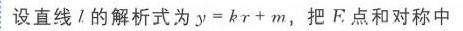
设直线\(l\)的解析式为\(y = kx + m\)，把\(E\)点和对称中